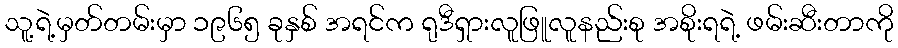
သူ့ရဲ့မှတ်တမ်းမှာ ၁၉၆၅ ခုနှစ် အရင်က ရုဒီရှားလူဖြူလူနည်းစု အစိုးရရဲ့ ဖမ်းဆီးတာကို